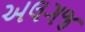
અલગજ